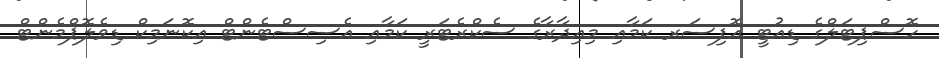
ހޮސްޕިޓަލްގެ ޑިއުޓީ އޮފިސަރ ކަމާއި މިއިދާރާގެ ސެކްރެޓަރީ ކަމާއި އެސިސްޓެންޓް އިކޮނަމިކް ޑިވެލޮޕްމެންޓް